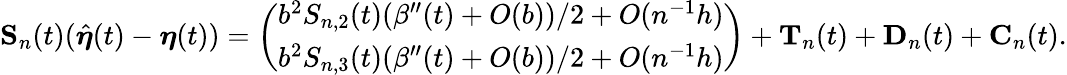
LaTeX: \begin{array}{r}{\mathbf S_{n}(t)(\hat{\boldsymbol\eta}(t)-\boldsymbol\eta(t))=\left(\begin{array}{l}{b^{2}S_{n,2}(t)(\beta^{\prime\prime}(t)+O(b))/2+O(n^{-1}h)}\\ {b^{2}S_{n,3}(t)(\beta^{\prime\prime}(t)+O(b))/2+O(n^{-1}h)}\end{array}\right)+\mathbf T_{n}(t)+\mathbf D_{n}(t)+\mathbf C_{n}(t).}\end{array}